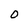
Character: 0